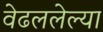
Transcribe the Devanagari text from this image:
वेढललेल्या